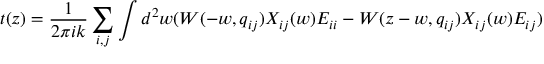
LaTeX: t ( z ) = \frac 1 { 2 \pi i k } \sum _ { i , j } \int d ^ { 2 } w ( W ( - w , q _ { i j } ) X _ { i j } ( w ) E _ { i i } - W ( z - w , q _ { i j } ) X _ { i j } ( w ) E _ { i j } )